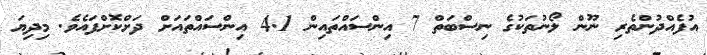
އުފެއްދުންތެރި ނޫން ލޯނުތަކުގެ ނިސްބަތް 7 އިންސައްތައިން 4.1 އިންސައްތައަށް ދަށްކޮށްފައެވެ. މިދިޔަ